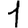
Digit: 1